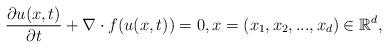
LaTeX: \begin{align*}\frac{\partial{u(x,t)}}{\partial t}+\nabla \cdot f(u(x,t))=0, x=(x_1,x_2,...,x_d) \in \mathbb{R}^d,\end{align*}